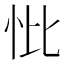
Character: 𢗽